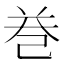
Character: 𢀻